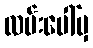
လမ်းပေါ်မှ